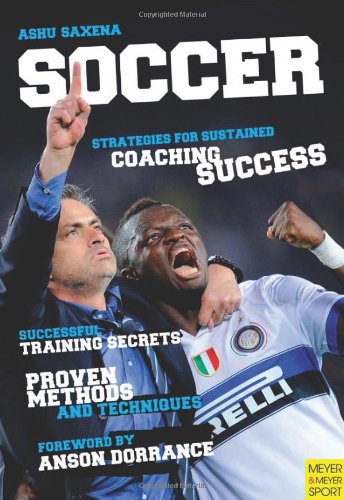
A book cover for Soccer - Strategies for Sustained Soccer Coaching Success; Ashu Saxena; Sports & Outdoors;